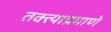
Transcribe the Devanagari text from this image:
तक्त्याप्रमाणे